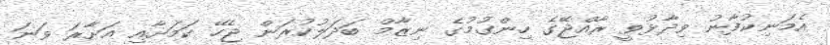
އެމަނިކުފާނު ވިދާޅުވީ ރާއްޖޭގެ ހިންގުމުގެ ނިޒާމް ބަދަލުކުރަން ޖެހޭ ކަމަށާއި އަށާރަ ވަނަ